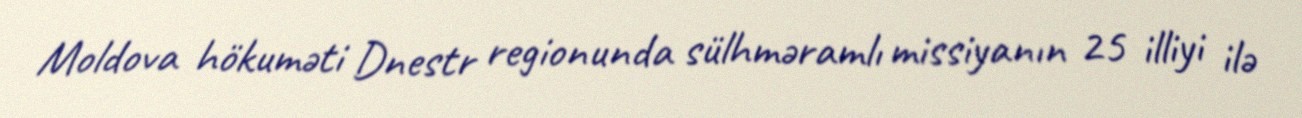
Moldova hökuməti Dnestr regionunda sülhməramlı missiyanın 25 illiyi ilə